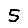
Digit: 5